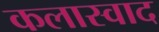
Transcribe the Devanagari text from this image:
कलास्वाद